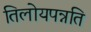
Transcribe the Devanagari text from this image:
तिलोयपन्नति